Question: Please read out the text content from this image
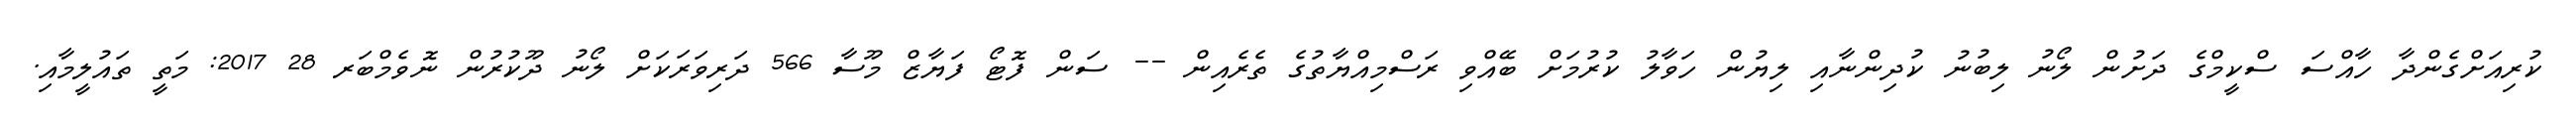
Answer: ކުރިއަށްގެންދާ ހާއްސަ ސްކީމްގެ ދަށުން ލޯނު ލިބުނު ކުދިންނާއި ލިޔުން ހަވާލު ކުރުމަށް ބޭއްވި ރަސްމިއްޔާތުގެ ތެރެއިން -- ސަން ފޮޓޯ ފަޔާޒް މޫސާ 566 ދަރިވަރަކަށް ލޯނު ދޫކުރުން ނޮވެމްބަރ 28 2017: މަތީ ތައުލީމާއި.